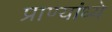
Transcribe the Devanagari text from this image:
प्राण्यांध्ये